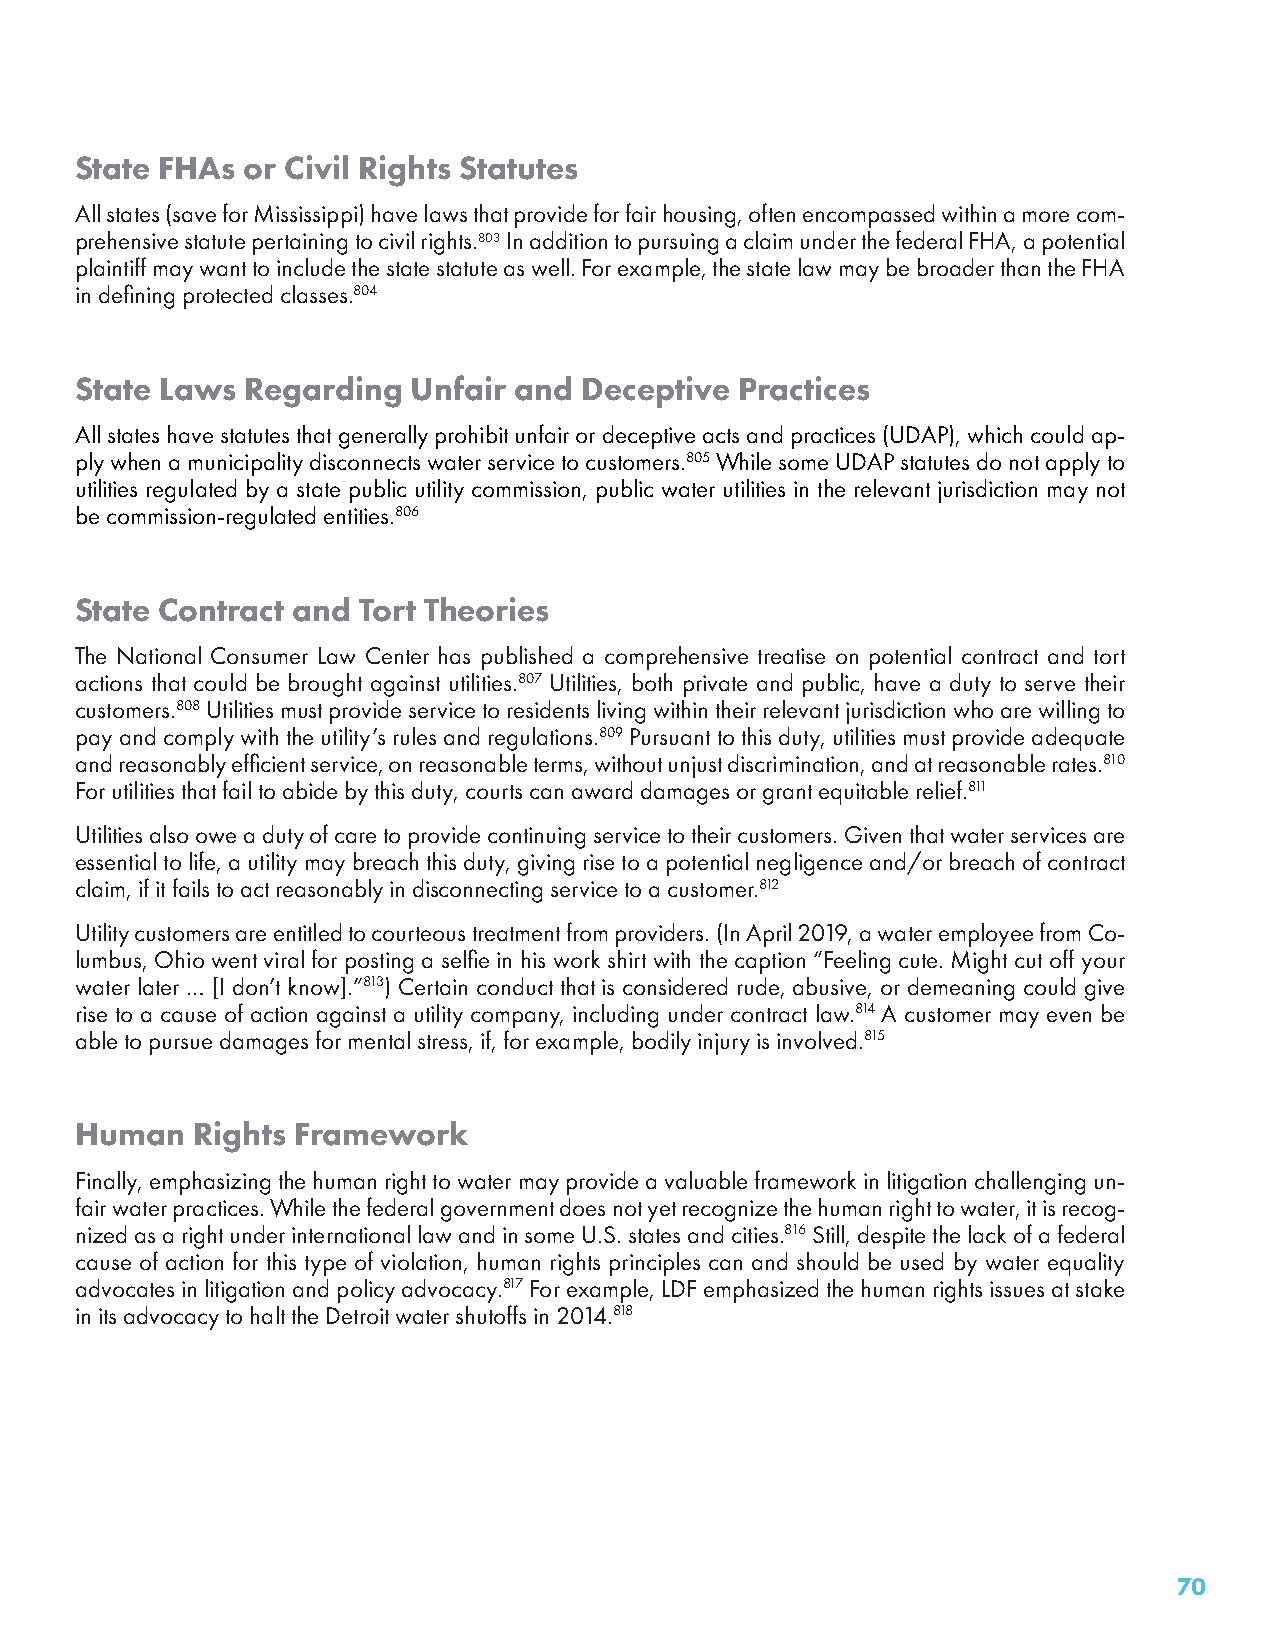
State FHAs or Civil Rights Statutes
 All states (save for Mississippi) have laws that provide for fair housing, often encompassed within a more com-
 prehensive statute pertaining to civil rights.803 In addition to pursuing a claim under the federal FHA, a potential
 plaintiff may want to include the state statute as well. For example, the state law may be broader than the FHA
 in defining protected classes.804
 State Laws Regarding  Unfair and Deceptive  Practices
 All states have statutes that generally prohibit unfair or deceptive acts and practices (UDAP), which could ap-
 ply when a municipality disconnects water service to customers.805 While some UDAP statutes do not apply to
 utilities regulated by a state public utility commission, public water utilities in the relevant jurisdiction may not
 be commission-regulated entities.806
 State Contract and Tort Theories
 The National Consumer Law Center has published a comprehensive treatise on potential contract and tort
 actions that could be brought against utilities.807 Utilities, both private and public, have a duty to serve their
 customers.808 Utilities must provide service to residents living within their relevant jurisdiction who are willing to
 pay and comply with the utility’s rules and regulations.809 Pursuant to this duty, utilities must provide adequate
 and reasonably efficient service, on reasonable terms, without unjust discrimination, and at reasonable rates.810
 For utilities that fail to abide by this duty, courts can award damages or grant equitable relief.811
 Utilities also owe a duty of care to provide continuing service to their customers. Given that water services are
 essential to life, a utility may breach this duty, giving rise to a potential negligence and/or breach of contract
 claim, if it fails to act reasonably in disconnecting service to a customer.812
 Utility customers are entitled to courteous treatment from providers. (In April 2019, a water employee from Co-
 lumbus, Ohio went viral for posting a selfie in his work shirt with the caption “Feeling cute. Might cut off your
 water later … [I don’t know].”813) Certain conduct that is considered rude, abusive, or demeaning could give
 rise to a cause of action against a utility company, including under contract law.814 A customer may even be
 able to pursue damages for mental stress, if, for example, bodily injury is involved.815
 Human   Rights Framework
 Finally, emphasizing the human right to water may provide a valuable framework in litigation challenging un-
 fair water practices. While the federal government does not yet recognize the human right to water, it is recog-
 nized as a right under international law and in some U.S. states and cities.816 Still, despite the lack of a federal
 cause of action for this type of violation, human rights principles can and should be used by water equality
 advocates in litigation and policy advocacy.817 For example, LDF emphasized the human rights issues at stake
 in its advocacy to halt the Detroit water shutoffs in 2014.818
 70